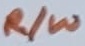
Text: R/W